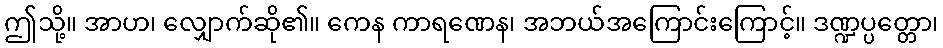
ဤသို့။ အာဟ၊ လျှောက်ဆို၏။ ကေန ကာရဏေန၊ အဘယ်အကြောင်းကြောင့်။ ဒဏ္ဍပ္ပတ္တော၊